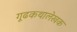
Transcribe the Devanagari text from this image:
गूढकथालेखक